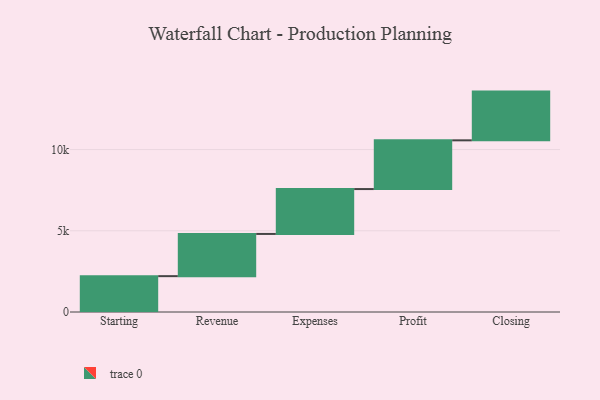
{"axis": {"x": "Step", "y": "Value"}, "legend": [""], "data": [{"x": "Starting", "y": 2207.0, "type": ""}, {"x": "Revenue", "y": 2599.0, "type": ""}, {"x": "Expenses", "y": 2763.0, "type": ""}, {"x": "Profit", "y": 3000, "type": ""}, {"x": "Closing", "y": 3000, "type": ""}]}